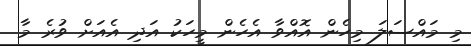
މި މައްސަލަ މިހެން އޮއްވާ އެހެން މީހަކު އަދި އެއަށް ވުރެ މާ